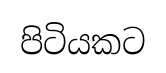
පිටියකට